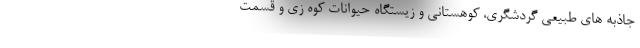
جاذبه های طبیعی گردشگری، کوهستانی و زیستگاه حیوانات کوه زی و قسمت